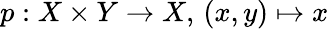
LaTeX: p:X\times Y\to X,\, (x,y)\mapsto x